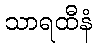
သာရထီနံ